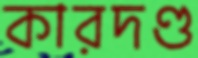
কারদণ্ড